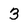
Character: 3